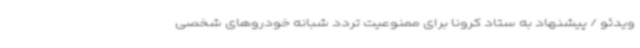
ویدئو / پیشنهاد به ستاد کرونا برای ممنوعیت تردد شبانه خودروهای شخصی